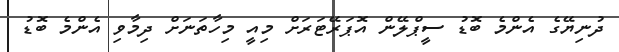
ދުނިޔޭގެ އެންމެ ބޮޑު ސީޕްލޭން އޮޕަރޭޓަރަށް މިއީ މިހާތަނަށް ދިމާވި އެންމެ ބޮޑު